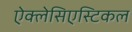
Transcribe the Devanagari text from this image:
ऐक्लेसिएस्टिकल